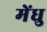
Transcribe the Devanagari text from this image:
मेंधु